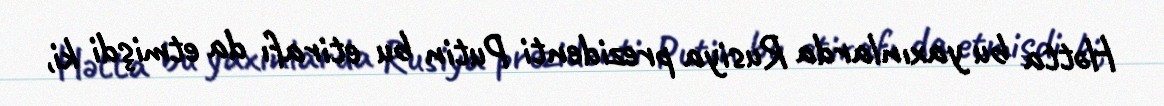
Hətta bu yaxınlarda Rusiya prezidenti Putin bu etirafı da etmişdi ki,